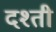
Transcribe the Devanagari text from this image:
दश्ती